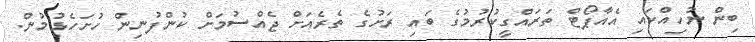
ބިން ނުހިއްކައި އެއާޕޯޓް ތަރައްގީކުރުމުގެ ބައި ރަށުގެ ތެރެއަށް ޖެއްސުމަށް ކުންފުނިން ހުށަހެޅުމުން.